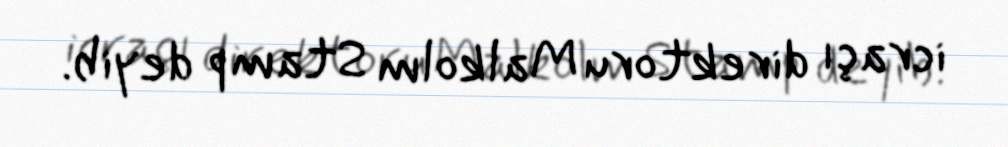
icraçı direktoru Malkolm Stamp deyib.